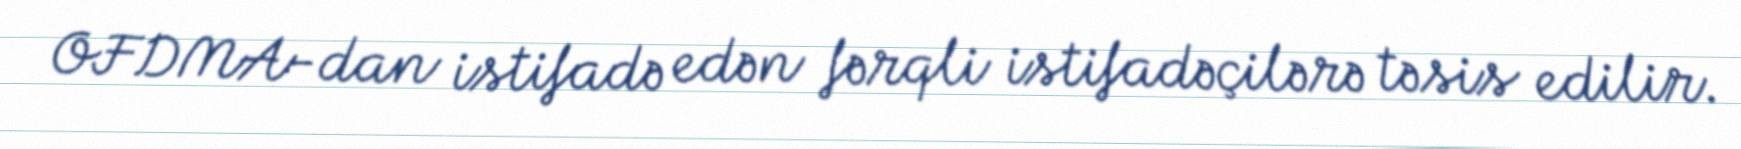
OFDMA-dan istifadə edən fərqli istifadəçilərə təsis edilir.